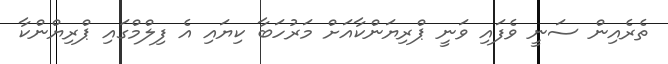
ތެރެއިން ސަނީ ވެފައި ވަނީ ޕްރިޔަންކާއަށް މަރުހަބާ ކިޔައި އެ ފިލްމްގައި ޕްރިޔްންކާ